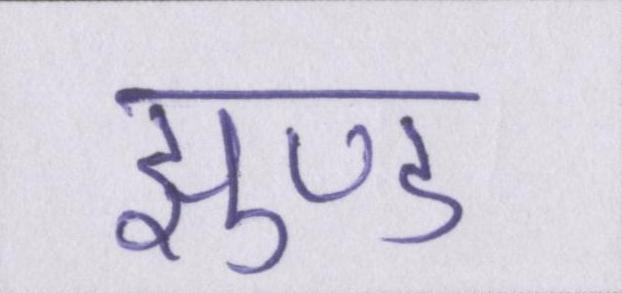
झुण्ड